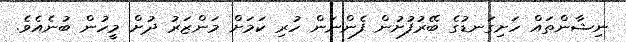
ނިޝާންތައް ހަށިގަނޑުގެ ބޭރުފުށުން ފެންނަން ހުރި ކަމަށް މަންޒަރު ދުށް މީހުން ބުނެއެވެ.